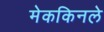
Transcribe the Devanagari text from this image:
मेककिनले